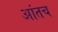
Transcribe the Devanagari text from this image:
आंतच